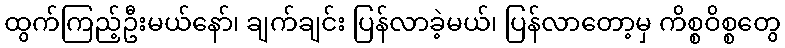
ထွက်ကြည့်ဦးမယ်နော်၊ ချက်ချင်း ပြန်လာခဲ့မယ်၊ ပြန်လာတော့မှ ကိစ္စဝိစ္စတွေ